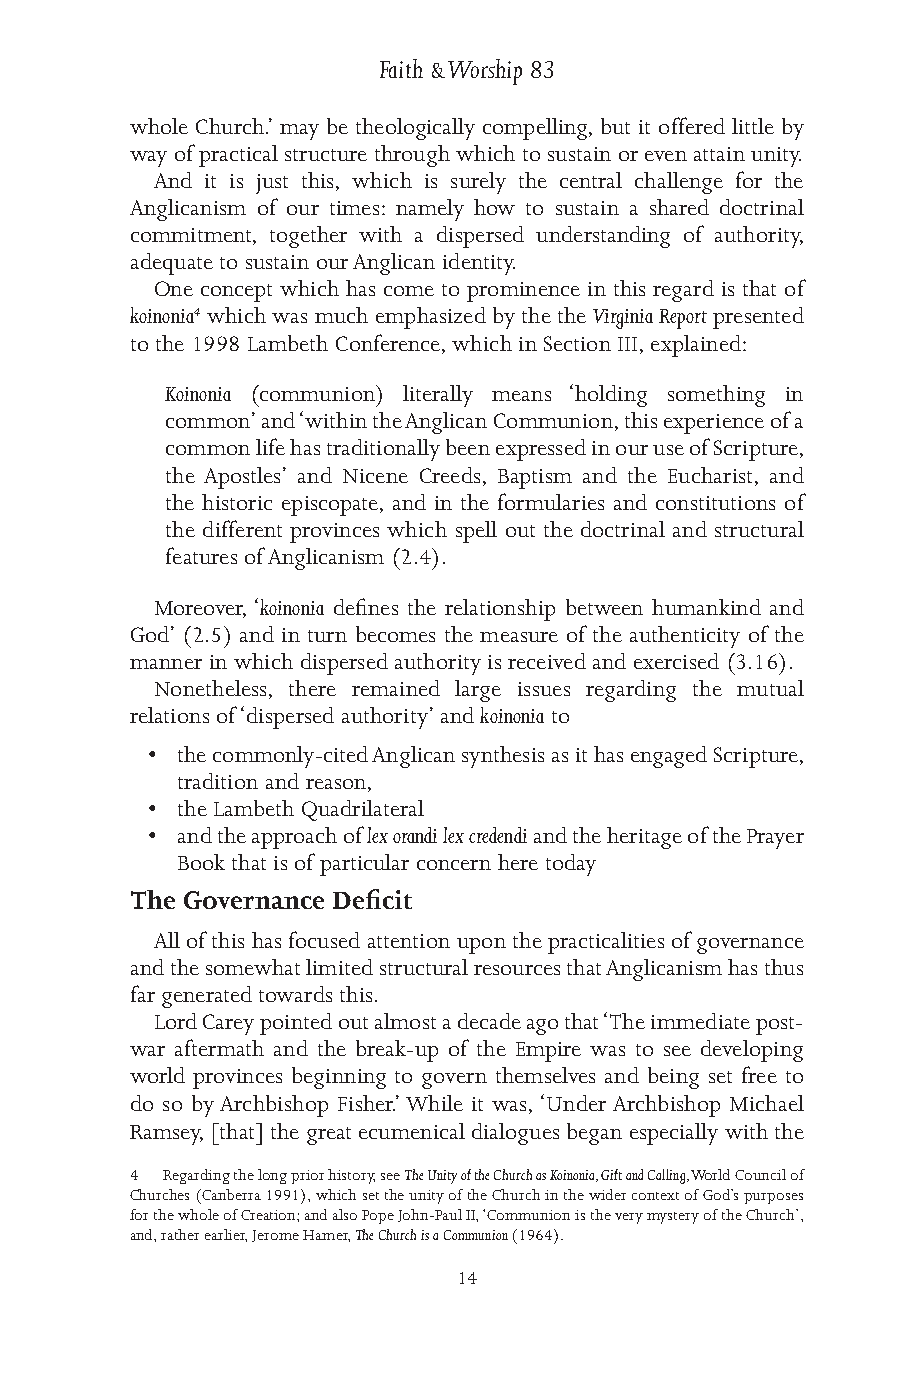
Faith & Worship 83
 whole Church.’ may be theologically compelling, but it offered little by
 way of practical structure through which to sustain or even attain unity.
 And it is just this, which is surely the central challenge for the
 Anglicanism of our times: namely how to sustain a shared doctrinal
 commitment, together with a dispersed understanding of authority,
 adequate to sustain our Anglican identity.
 One concept which has come to prominence in this regard is that of
 koinonia4 which was much emphasized by the the Virginia Report presented
 to the 1998 Lambeth Conference, which in Section III, explained:
 Koinonia (communion) literally means ‘holding something in
 common’ and ‘within the Anglican Communion, this experience of a
 common life has traditionally been expressed in our use of Scripture,
 the Apostles’ and Nicene Creeds, Baptism and the Eucharist, and
 the historic episcopate, and in the formularies and constitutions of
 the different provinces which spell out the doctrinal and structural
 features of Anglicanism (2.4).
 Moreover, ‘koinonia defines the relationship between humankind and
 God’ (2.5) and in turn becomes the measure of the authenticity of the
 manner in which dispersed authority is received and exercised (3.16).
 Nonetheless, there remained large issues regarding the mutual
 relations of ‘dispersed authority’ and koinonia to
 • the commonly-cited Anglican synthesis as it has engaged Scripture,
 tradition and reason,
 • the Lambeth Quadrilateral
 • and the approach of lex orandi lex credendi and the heritage of the Prayer
 Book that is of particular concern here today
 The Governance Deficit
 All of this has focused attention upon the practicalities of governance
 and the somewhat limited structural resources that Anglicanism has thus
 far generated towards this.
 Lord Carey pointed out almost a decade ago that ‘The immediate post-
 war aftermath and the break-up of the Empire was to see developing
 world provinces beginning to govern themselves and being set free to
 do so by Archbishop Fisher.’ While it was, ‘Under Archbishop Michael
 Ramsey, [that] the great ecumenical dialogues began especially with the
 4 Regarding the long prior history, see The Unity of the Church as Koinonia, Gift and Calling, World Council of
 Churches (Canberra 1991), which set the unity of the Church in the wider context of God’s purposes
 for the whole of Creation; and also Pope John-Paul II, ‘Communion is the very mystery of the Church’,
 and, rather earlier, Jerome Hamer, The Church is a Communion (1964).
 14